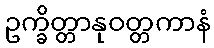
ဥက္ခိတ္တာနုဝတ္တကာနံ